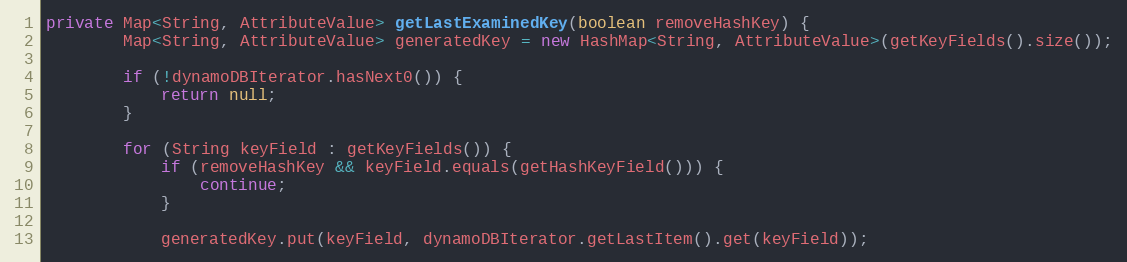
Language: Java
private Map<String, AttributeValue> getLastExaminedKey(boolean removeHashKey) {
        Map<String, AttributeValue> generatedKey = new HashMap<String, AttributeValue>(getKeyFields().size());

        if (!dynamoDBIterator.hasNext0()) {
            return null;
        }

        for (String keyField : getKeyFields()) {
            if (removeHashKey && keyField.equals(getHashKeyField())) {
                continue;
            }

            generatedKey.put(keyField, dynamoDBIterator.getLastItem().get(keyField));